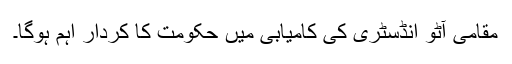
مقامی آٹو انڈسٹری کی کامیابی میں حکومت کا کردار اہم ہوگا۔